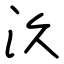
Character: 汣